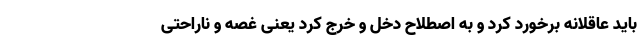
باید عاقلانه برخورد کرد و به اصطلاح دخل و خرج کرد یعنی غصه و ناراحتی